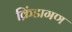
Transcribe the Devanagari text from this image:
क्रिंडागण